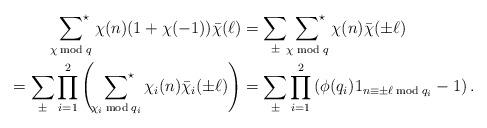
LaTeX: \begin{align*}\sideset{}{^\star}\sum_{\chi\bmod{q}}\chi(n)(1+\chi(-1))\bar\chi(\ell)&=\sum_\pm\sideset{}{^\star}\sum_{\chi\bmod{q}}\chi(n)\bar\chi(\pm\ell)\\=\sum_{\pm}\prod_{i=1}^2\left(\sideset{}{^\star}\sum_{\chi_i\bmod{q_i}}\chi_i(n)\bar\chi_i(\pm\ell)\right)&=\sum_{\pm}\prod_{i=1}^2\left(\phi(q_i)1_{n\equiv \pm\ell\bmod{q_i}}-1\right).\end{align*}